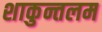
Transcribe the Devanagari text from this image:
शाकुन्तलम